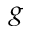
^ { g }